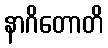
နာဂိတောတိ